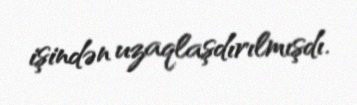
işindən uzaqlaşdırılmışdı.